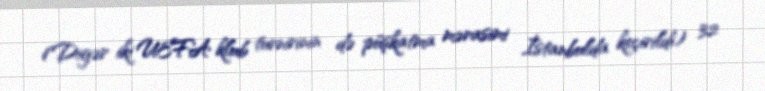
(Digər iki UEFA klub turnirinin də püşkatma mərasimi İstanbulda keçirildi) 32